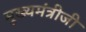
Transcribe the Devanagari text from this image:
मुख्यमंत्रीजी